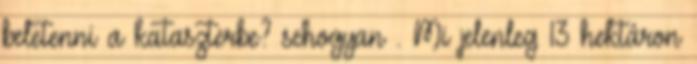
beletenni a kataszterbe? sehogyan . Mi jelenleg 13 hektáron